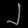
Digit: ၂